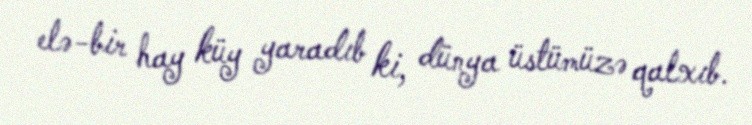
elə-bir hay küy yaradıb ki, dünya üstümüzə qalxıb.